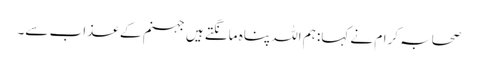
صحابہ کرام نے کہا:ہم اللہ پناہ مانگتے ہیں جہنم کے عذاب سے۔